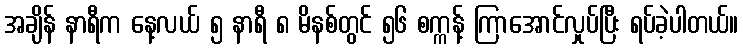
အချိန် နာရီက နေ့လယ် ၅ နာရီ ၈ မိနစ်တွင် ၅၆ စက္ကန့် ကြာအောင်လှုပ်ပြီး ရပ်ခဲ့ပါတယ်။